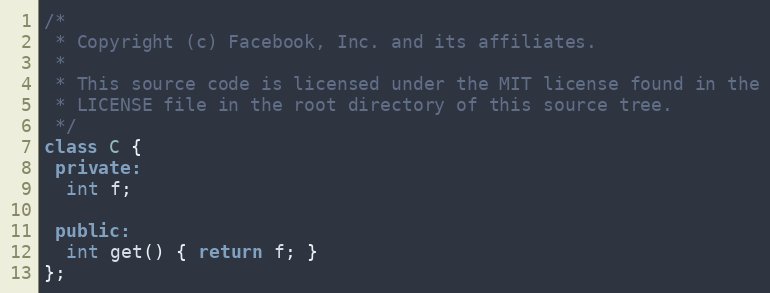
Language: C++
/*
 * Copyright (c) Facebook, Inc. and its affiliates.
 *
 * This source code is licensed under the MIT license found in the
 * LICENSE file in the root directory of this source tree.
 */
class C {
 private:
  int f;

 public:
  int get() { return f; }
};